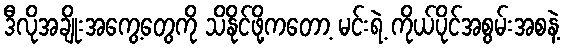
ဒီလိုအချိုးအကွေ့တွေကို သိနိုင်ဖို့ကတော့ မင်းရဲ့ ကိုယ်ပိုင်အစွမ်းအစနဲ့